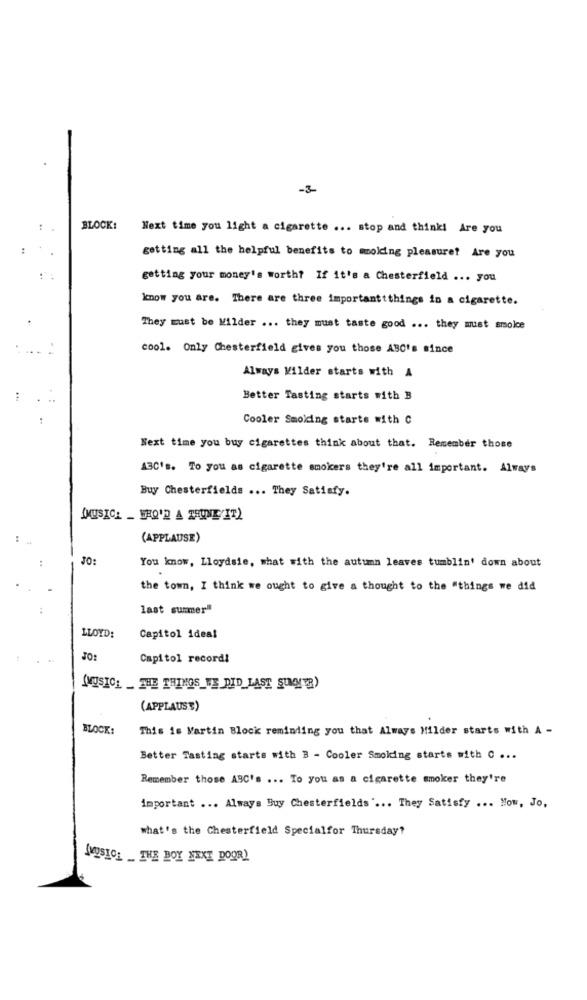
-3
:
BLOCK:
Next time you light a cigarette ... stop and think! Are you
getting all the helpful benefits to molding pleasure? Are you
getting your money's worth? If it's a Chesterfield ... you
know you are. There are three importanttthings in a cigarette.
They must be Milder ... they must taste good ... they must smoke
cool. Only Chesterfield gives you those ABC's since
Always Milder starts with A
Better Tasting starts with B
Cooler Smoking starts with C
Next time you buy cigarettes think about that. Remember those
ABC's. To you as cigarette smokers they're all important. Always
Buy Chesterfields ... They Satisfy.
(MUSICA _ WHO'D A TAUNE IT)
(APPLAUSE)
30:
You know, Lloydsie, what with the autumn leaves tumblin' down about
the town, I think we ought to give a thought to the "things we did
last summer"
LLOYD:
Capitol ideal
JO:
Capitol recordi
(MUSIC: THE THINGS WE DID LAST SUCHER
(APPLAUSE)
BLOCK:
This is Martin Block reminding you that Always Milder starts with A -
Better Tasting starts with B - Cooler Smoking starts with c ...
Remember those ABC's ... To you as a cigarette smoker they're
important ... Always Buy Chesterfields' ... They Satisfy ... How, Jo,
what's the Chesterfield Specialfor Thursday?
[MUSIC; THE BOY NEXT DOOR)